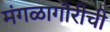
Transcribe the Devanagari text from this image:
मंगळागौरीची